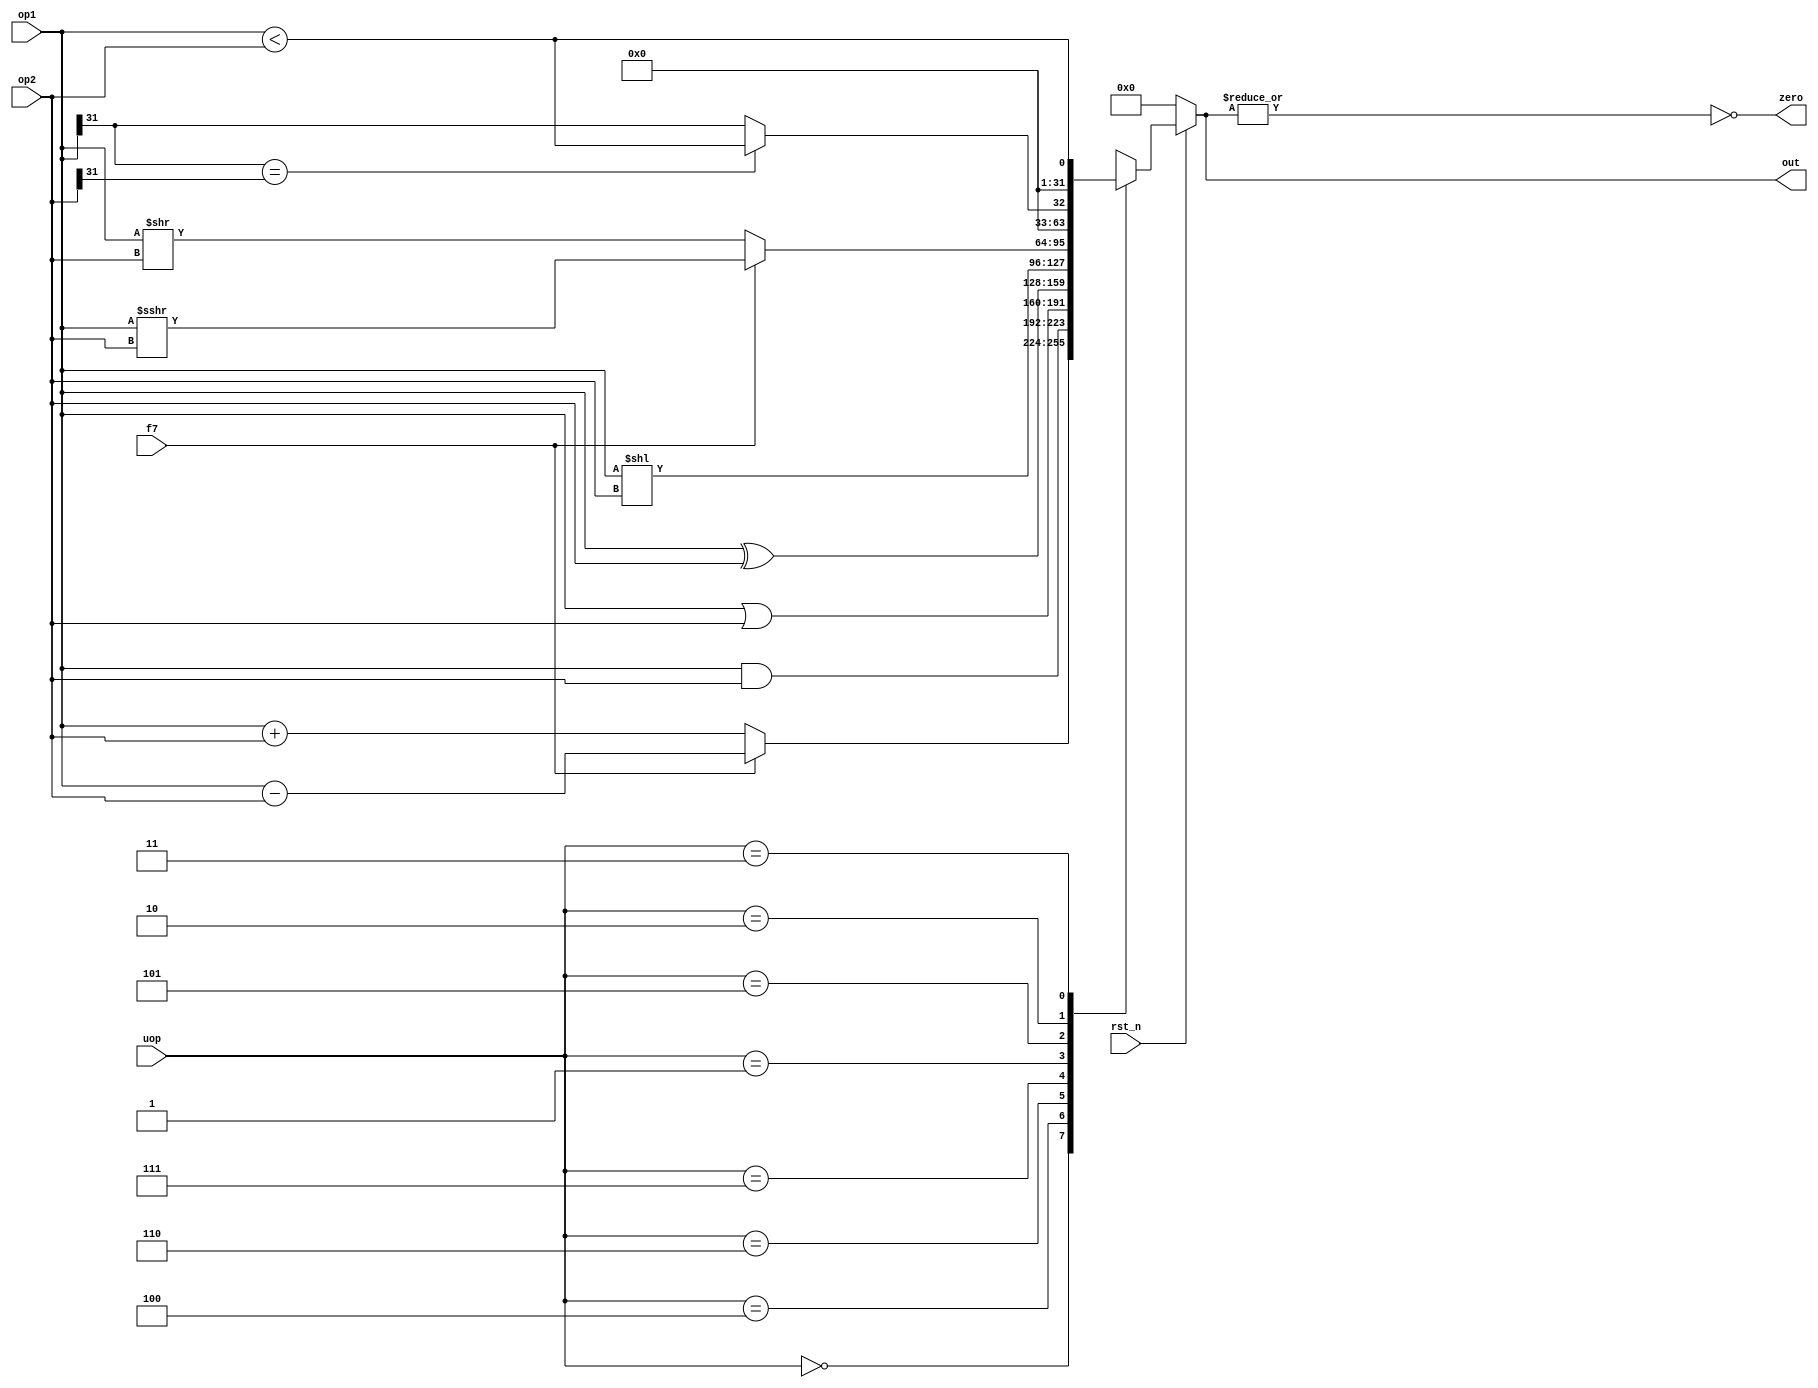
module alu_32 (op1, op2, uop, f7, rst_n, out, zero);

input [31:0] op1;
input [31:0] op2;
input [2:0] uop;
input f7;
input rst_n;
output reg [31:0]out;
output zero;

parameter ADD_SUB=3'b000;
parameter AND=3'b100;
parameter OR=3'b110;
parameter XOR=3'b111;
parameter SL=3'b001;
parameter SR=3'b101;
parameter SLT=3'b010;
parameter SLTU=3'b011;

always @(*) begin
	if (~rst_n) begin
		out = 32'b0;
	end else begin
	case (uop)
		ADD_SUB : out = f7 ? (op1 - op2) : (op1 + op2);
		AND : out =  op1 & op2;
		OR : out = op1 | op2;
		XOR : out = op1 ^ op2;
		SL : out = op1 << op2;
		SR : out = f7 ? (op1 >>> op2) : (op1 >> op2);
		SLT : begin
			// Is the signed comparison correct ? Verify !!!!!
			if (op1[31]==op2[31]) begin
				out = (op1 < op2);
			end else begin
				out = {31'd0, op1[31]};
			end
		      end
		SLTU : out = ( op1 < op2 );
	endcase
	end
end

assign zero = ~(| out);


endmodule